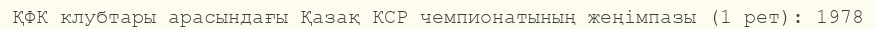
ҚФК клубтары арасындағы Қазақ КСР чемпионатының жеңімпазы (1 рет): 1978